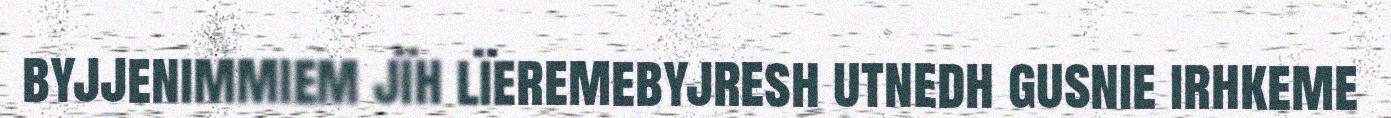
byjjenimmiem jïh lïeremebyjresh utnedh gusnie irhkeme